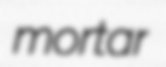
mortar